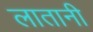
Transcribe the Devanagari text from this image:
लातानी